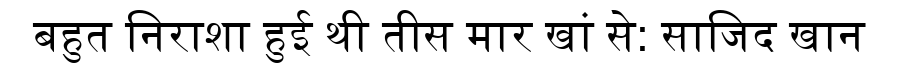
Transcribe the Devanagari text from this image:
बहुत निराशा हुई थी तीस मार खां से: साजिद खान